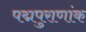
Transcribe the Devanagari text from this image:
पद्मपुराणांक